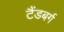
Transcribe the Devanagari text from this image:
टैंडबर्ग